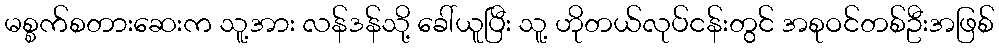
မစ္စက်စတားဆေးက သူ့အား လန်ဒန်သို့ ခေါ်ယူပြီး သူ့ ဟိုတယ်လုပ်ငန်းတွင် အစုဝင်တစ်ဦးအဖြစ်